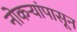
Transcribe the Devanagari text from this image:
नोकऱ्यांपासून